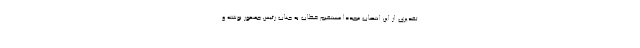
تقدیری از این انتصاب مجددا مستقیم خطاب به جناب رئیس جمهور نوشته و